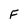
Character: F